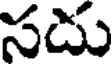
సదు